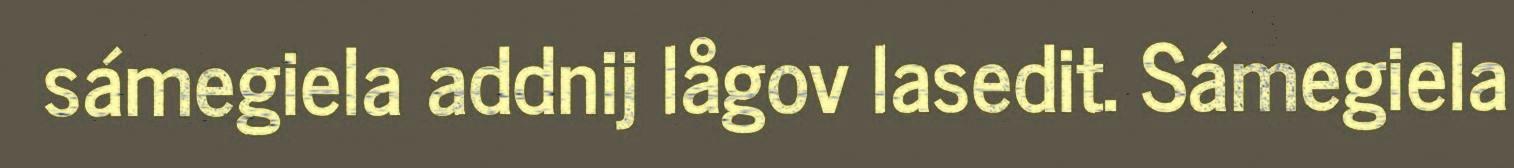
sámegiela addnij lågov lasedit. Sámegiela